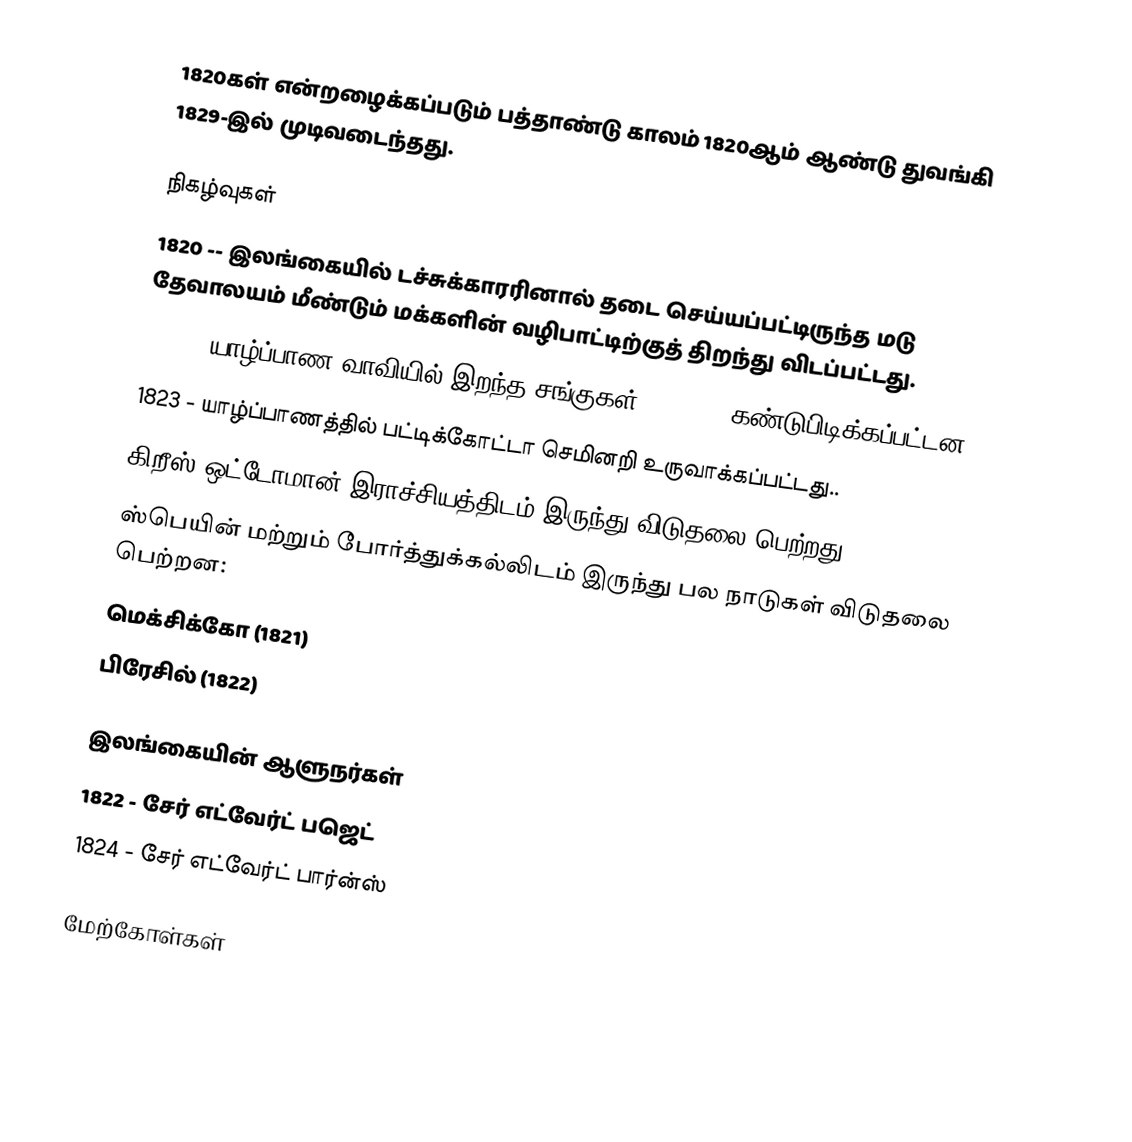
1820கள் என்றழைக்கப்படும் பத்தாண்டு காலம் 1820ஆம் ஆண்டு துவங்கி 1829-இல் முடிவடைந்தது.

நிகழ்வுகள்
 1820 -- இலங்கையில் டச்சுக்காரரினால் தடை செய்யப்பட்டிருந்த மடு தேவாலயம் மீண்டும் மக்களின் வழிபாட்டிற்குத் திறந்து விடப்பட்டது.
 1821 - யாழ்ப்பாண வாவியில் இறந்த சங்குகள் (chanks) கண்டுபிடிக்கப்பட்டன.
 1823 - யாழ்ப்பாணத்தில் பட்டிக்கோட்டா செமினறி உருவாக்கப்பட்டது..
 கிறீஸ் ஒட்டோமான் இராச்சியத்திடம் இருந்து விடுதலை பெற்றது.
 ஸ்பெயின் மற்றும் போர்த்துக்கல்லிடம் இருந்து பல நாடுகள் விடுதலை பெற்றன:
 மெக்சிக்கோ (1821)
 பிரேசில் (1822)

இலங்கையின் ஆளுநர்கள்
 1822 - சேர் எட்வேர்ட் பஜெட்
 1824 - சேர் எட்வேர்ட் பார்ன்ஸ்

மேற்கோள்கள்